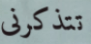
تتذكرنى